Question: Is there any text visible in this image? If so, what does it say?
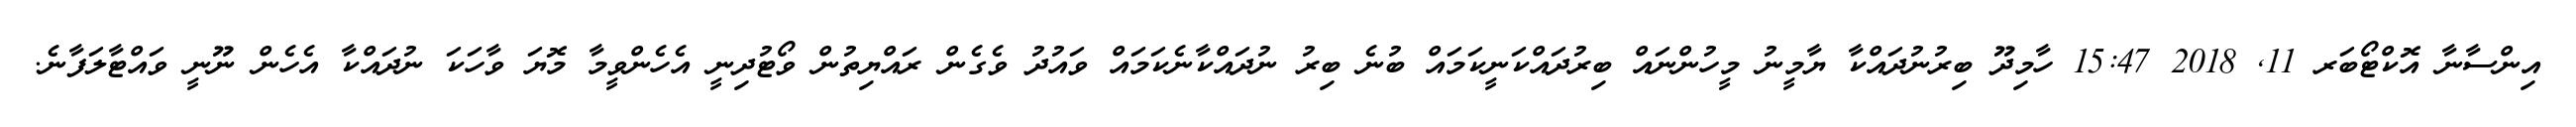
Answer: އިންސާނާ އޮކްޓޯބަރ 11, 2018 15:47 ހާމިދޫ ބިރުނުދައްކާ ޔާމީނު މީހުންނައް ބިރުދައްކަނީކަމައް ބުނެ ބިރު ނުދައްކާނެކަމައް ވައުދު ވެގެން ރައްޔިތުން ވޯޓުދިނީ އެހެންވީމާ މޮޔަ ވާހަކަ ނުދައްކާ އެހެން ނޫނީ ވައްޓާލަފާނެ.